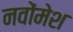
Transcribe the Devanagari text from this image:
नवोंमेश